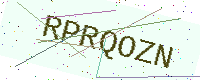
Text: RPRQOZN